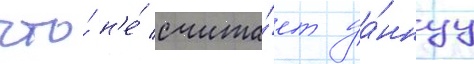
что́ н'е́ счита́ет да́ннуу